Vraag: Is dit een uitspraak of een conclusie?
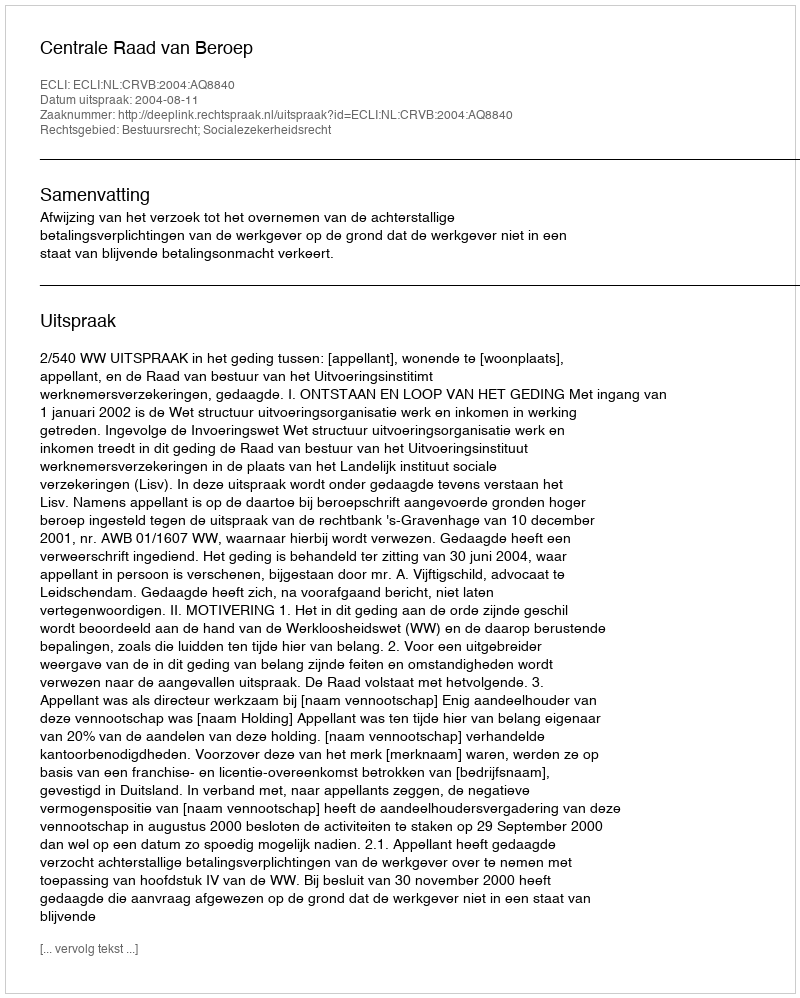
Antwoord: Uitspraak